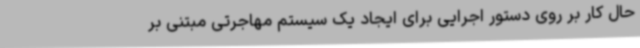
حال کار بر روی دستور اجرایی برای ایجاد یک سیستم مهاجرتی مبتنی بر